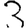
Digit: 3